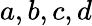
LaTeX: a,b,c,d